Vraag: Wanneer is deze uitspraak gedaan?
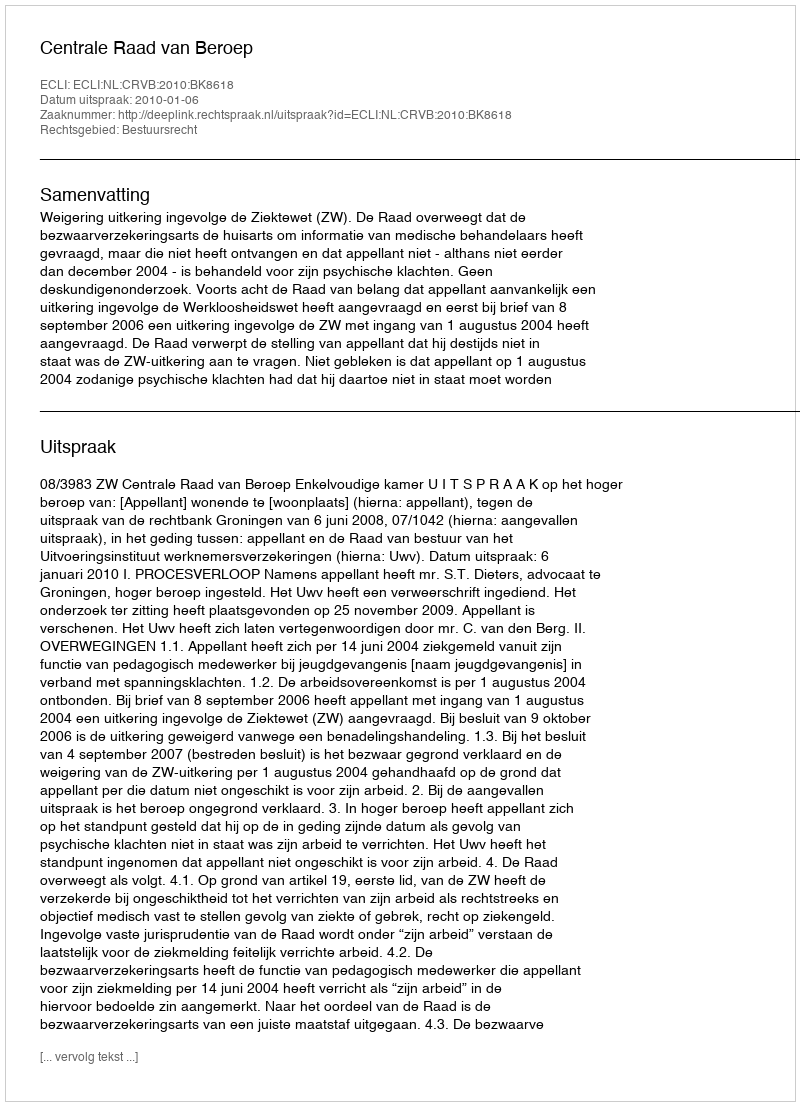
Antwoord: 2010-01-06